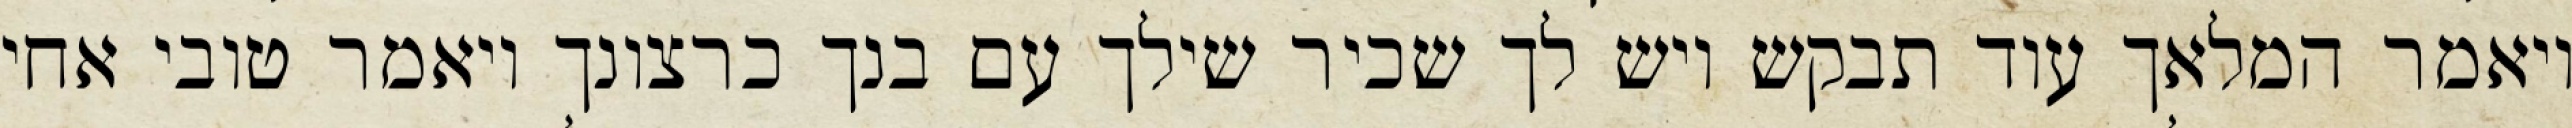
ויאמר המלאך עוד תבקש ויש לך שכיר שילך עם בנך כרצונך ויאמר טובי אחי